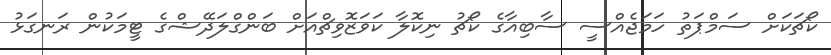
ކޯޗަކަށް ސަމްޕަތު ހަމަޖެއްސީ ސާބިއާގެ ކޯޗު ނިކޮލާ ކަވަޒޮވިޗްއަށް ބަންގްލަދޭޝްގެ ޓީމަކުން ރަނގަޅު